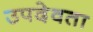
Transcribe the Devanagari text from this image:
उपदेवता